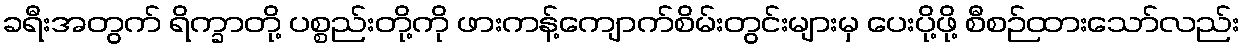
ခရီးအတွက် ရိက္ခာတို့ ပစ္စည်းတို့ကို ဖားကန့်ကျောက်စိမ်းတွင်းများမှ ပေးပို့ဖို့ စီစဉ်ထားသော်လည်း